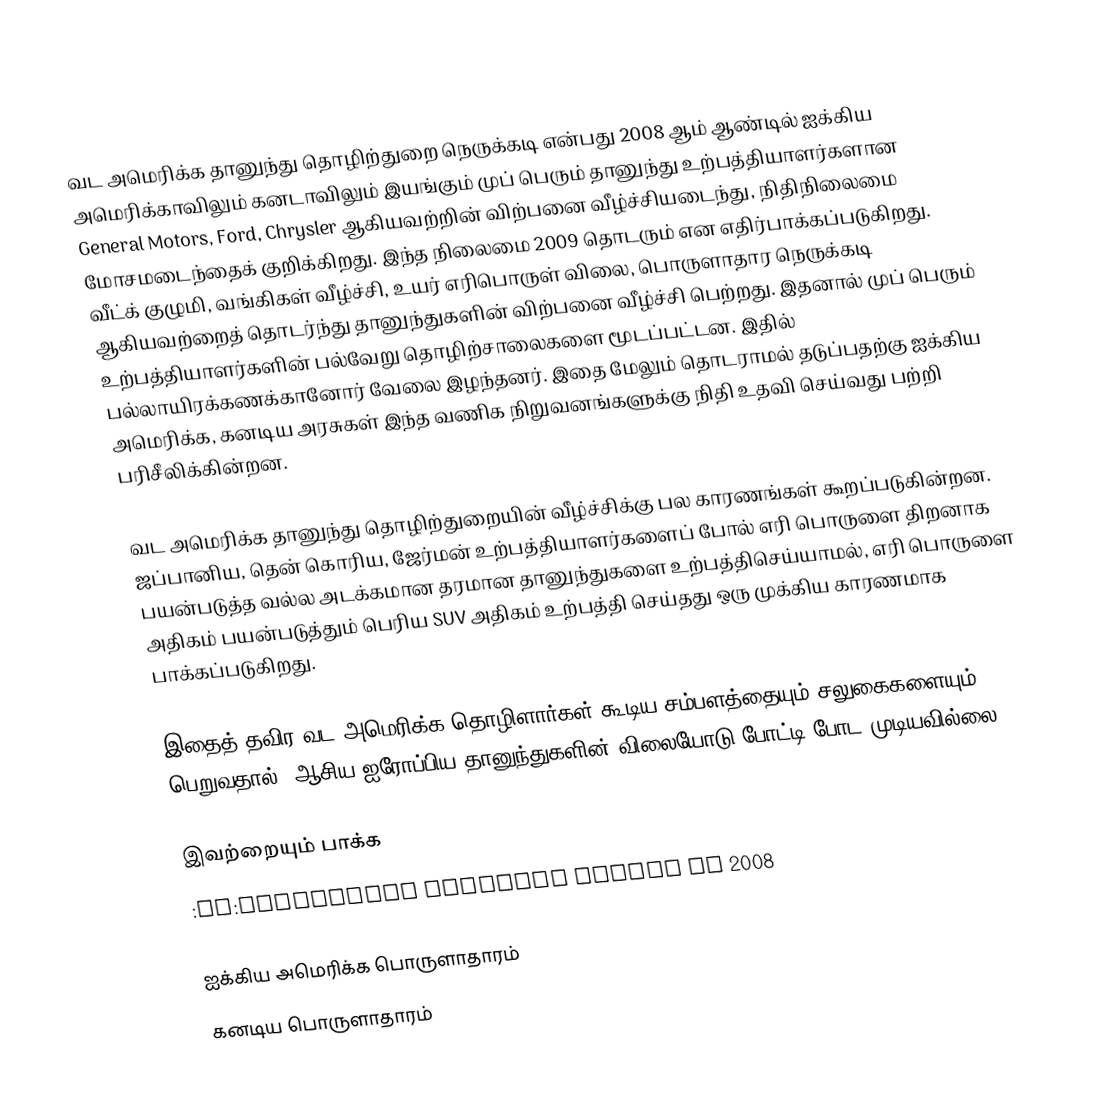
வட அமெரிக்க தானுந்து தொழிற்துறை நெருக்கடி என்பது 2008 ஆம் ஆண்டில் ஐக்கிய அமெரிக்காவிலும் கனடாவிலும் இயங்கும் முப் பெரும் தானுந்து உற்பத்தியாளர்களான General Motors, Ford, Chrysler ஆகியவற்றின் விற்பனை வீழ்ச்சியடைந்து, நிதிநிலைமை மோசமடைந்தைக் குறிக்கிறது. இந்த நிலைமை 2009 தொடரும் என எதிர்பாக்கப்படுகிறது. வீட்க் குழுமி, வங்கிகள் வீழ்ச்சி, உயர் எரிபொருள் விலை, பொருளாதார நெருக்கடி ஆகியவற்றைத் தொடர்ந்து தானுந்துகளின் விற்பனை வீழ்ச்சி பெற்றது. இதனால் முப் பெரும் உற்பத்தியாளர்களின் பல்வேறு தொழிற்சாலைகளை மூடப்பட்டன. இதில் பல்லாயிரக்கணக்கானோர் வேலை இழந்தனர். இதை மேலும் தொடராமல் தடுப்பதற்கு ஐக்கிய அமெரிக்க, கனடிய அரசுகள் இந்த வணிக நிறுவனங்களுக்கு நிதி உதவி செய்வது பற்றி பரிசீலிக்கின்றன.

வட அமெரிக்க தானுந்து தொழிற்துறையின் வீழ்ச்சிக்கு பல காரணங்கள் கூறப்படுகின்றன. ஜப்பானிய, தென் கொரிய, ஜேர்மன் உற்பத்தியாளர்களைப் போல் எரி பொருளை திறனாக பயன்படுத்த வல்ல அடக்கமான தரமான தானுந்துகளை உற்பத்திசெய்யாமல், எரி பொருளை அதிகம் பயன்படுத்தும் பெரிய SUV அதிகம் உற்பத்தி செய்தது ஒரு முக்கிய காரணமாக பாக்கப்படுகிறது.

இதைத் தவிர வட அமெரிக்க தொழிளார்கள் கூடிய சம்பளத்தையும் சலுகைகளையும் பெறுவதால், ஆசிய ஐரோப்பிய தானுந்துகளின் விலையோடு போட்டி போட முடியவில்லை.

இவற்றையும் பாக்க
 :en:Automotive industry crisis of 2008

ஐக்கிய அமெரிக்க பொருளாதாரம்
கனடிய பொருளாதாரம்